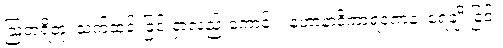
ဩတရိတုံ၊ သက်ဆင်းခြင်းငှာလည်းကောင်း။ နဟာနာဒိကာရဏေန၊ ရေချိုးခြင်း